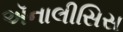
ઍનાલીસિસ